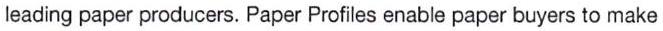
leading paper producers. Paper Profiles enable paper buyers to make